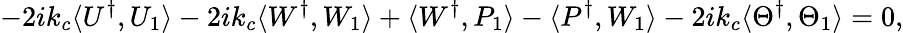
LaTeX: -2ik_{c}\langle U^{\dagger},U_{1}\rangle-2ik_{c}\langle W^{\dagger},W_{1}\rangle+\langle W^{\dagger},P_{1}\rangle-\langle P^{\dagger},W_{1}\rangle-2ik_{c}\langle\Theta^{\dagger},\Theta_{1}\rangle=0,